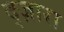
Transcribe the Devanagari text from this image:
द्ज़ारा